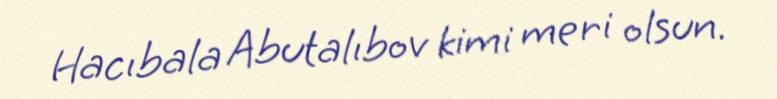
Hacıbala Abutalıbov kimi meri olsun.